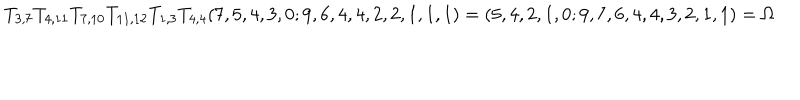
T _ { 3 , 7 } T _ { 4 , 1 1 } T _ { 7 , 1 0 } T _ { 1 1 , 1 2 } T _ { 1 , 3 } T _ { 4 , 4 } ( 7 , 5 , 4 , 3 , 0 ; 9 , 6 , 4 , 4 , 2 , 2 , 1 , 1 , 1 ) = ( 5 , 4 , 2 , 1 , 0 ; 9 , 7 , 6 , 4 , 4 , 3 , 2 , 1 , 1 ) = \Omega